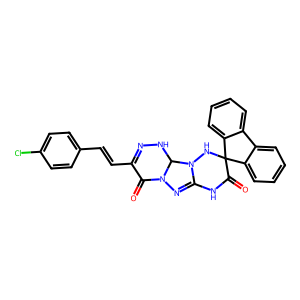
SMILES: O=C1C(C=Cc2ccc(Cl)cc2)=NNC2N1N=C1NC(=O)C3(NN12)c1ccccc1-c1ccccc13
Inhibits HIV replication: No